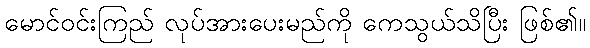
မောင်ဝင်းကြည် လုပ်အားပေးမည်ကို ကေသွယ်သိပြီး ဖြစ်၏။